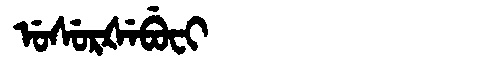
Manchu: ᡠᠰᡠᡵᡧᡝᠪᡠᠸᡳ
Romanization: USURŠEBUFI